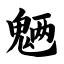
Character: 魉